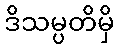
ဒိသမ္ပတိမှိ